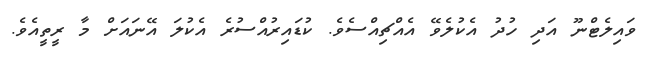
ވައިލެޓްނޫ އަދި ހުދު އެކުލެވޭ އެއްޗިއްސެވެ. ކުޑައިރުއްސުރެ އެކުލަ އޭނައަށް މާ ރީތީއެވެ.